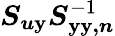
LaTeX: \boldsymbol{S_{u\mathbf{y}}}\boldsymbol{S}_{\boldsymbol{\mathbf{y}\mathbf{y},n}}^{-1}